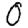
Digit: 0